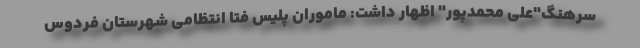
سرهنگ"علی محمدپور" اظهار داشت: ماموران پلیس فتا انتظامی شهرستان فردوس